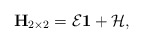
\begin{align*}{\bf H}_{2\times 2}={\cal E}{\bf 1}+{\cal H,}\end{align*}